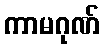
ကာမဂုဏ်